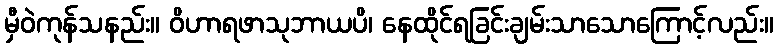
မှီဝဲကုန်သနည်း။ ဝိဟာရဖာသုဘာယပိ၊ နေထိုင်ရခြင်းချမ်းသာသောကြောင့်လည်း။